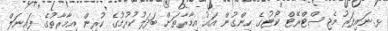
ޅ.ނައިފަރު މެޖިސްޓްރޭޓް ކޯޓުގެ ހިންގުން އައު އިމާރާތަށް ބަދަލުކުރުމުގެ ކުރިން އިމާރާތުގެ ފައިނަލް